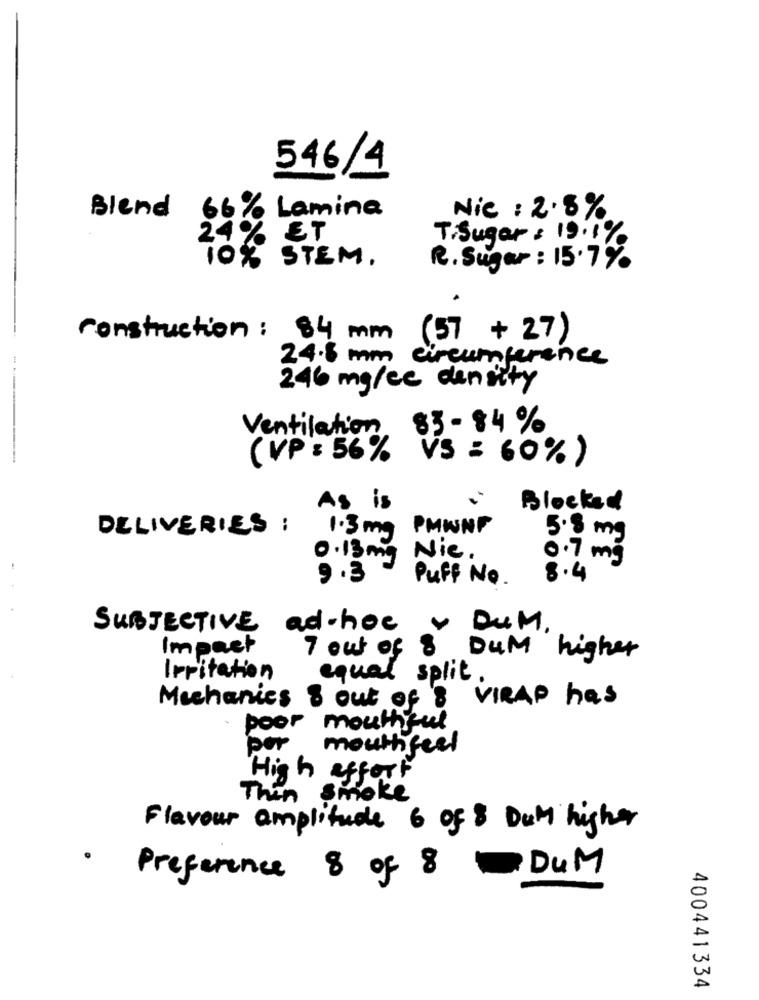
546/4
66%
Lamina
Blend
Nie : 2.8%
24%
ET
T. Sugar : 19.1%
10% STEM.
R. Sugar: 15.7%
construction: 84 mm
(57 + 27 )
24.6 mm circumference
246 mg/ce density
Ventilation
$3-84 %
(VP : 56% Vs = 60%)
As is
Blocked
DELIVERIES :
PMWNF
1.3 mg
5.8 m
0.7 mg
0.13 mg
Nie .
9.3
Puff No.
8.4
SUBJECTIVE ad-hoc
DUM .
Impact
7 out of 8
DUM higher
Irritation
equal split.
Mechanics 8 out of 8 VIRAP has
poor mouthful
por
mouthfeel
High effort
Then Smoke
Flavour amplitude 6 of 8 Dum higher
.
DUM
Preference 8 of 8
400441334